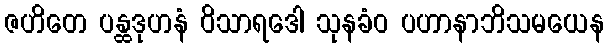
ဇဟိတေ ပန္ထဒုဟနံ ဝိသာရဒေါ သုနခံဝ ပဟာနာဘိသမယေန